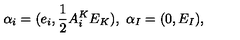
\alpha _ { i } = ( e _ { i } , { \frac { 1 } { 2 } } A _ { i } ^ { K } E _ { K } ) , \ \alpha _ { I } = ( 0 , E _ { I } ) ,